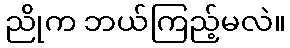
ညိုက ဘယ်ကြည့်မလဲ။